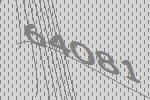
64081